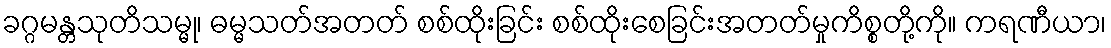
ခဂ္ဂမန္တသုတိသမ္မု၊ ဓမ္မသတ်အတတ် စစ်ထိုးခြင်း စစ်ထိုးစေခြင်းအတတ်မှုကိစ္စတို့ကို။ ကရဏီယာ၊